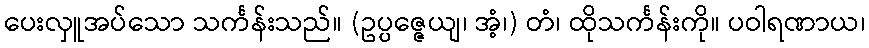
ပေးလှူအပ်သော သင်္ကန်းသည်။ (ဥပ္ပဇ္ဇေယျ၊ အံ့၊) တံ၊ ထိုသင်္ကန်းကို။ ပဝါရဏာယ၊